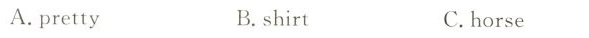
A. pretty B.shirt C.horse